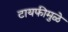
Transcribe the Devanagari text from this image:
टायफीमुळे